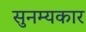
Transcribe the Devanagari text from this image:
सुनम्यकार